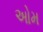
અોમ